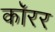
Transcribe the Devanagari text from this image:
कॉरर